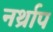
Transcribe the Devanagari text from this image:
नर्थ्राप